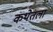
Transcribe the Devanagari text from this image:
कथेतला